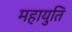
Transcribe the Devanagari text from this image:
महायुति